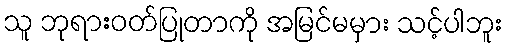
သူ ဘုရားဝတ်ပြုတာကို အမြင်မမှား သင့်ပါဘူး